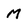
Character: M